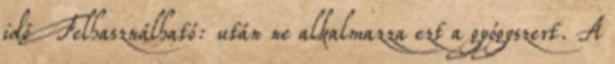
idő Felhasználható: után ne alkalmazza ezt a gyógyszert. A